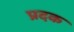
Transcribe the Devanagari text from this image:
प्रदक